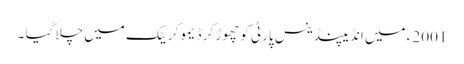
2001 ء میں انڈیپنڈینس پارٹی کو چھوڑ کر ڈیمو کریٹک میں چلا گیا ۔